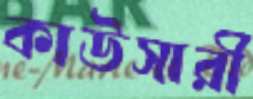
কাউসারী